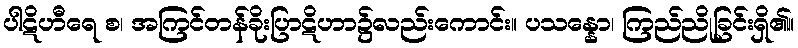
ပါဋိဟီရေ စ၊ အကြင်တန်ခိုးပြာဋိဟာ၌လည်းကောင်း။ ပသန္နော၊ ကြည်ညိုခြင်းရှိ၏။